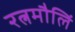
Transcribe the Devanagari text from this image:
रत्नमौलिं